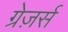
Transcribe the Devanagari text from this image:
ग्रेज़र्स